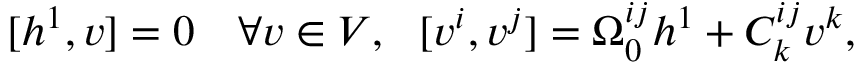
[ h ^ { 1 } , v ] = 0 \ \ \ \forall v \in V , \ \ [ v ^ { i } , v ^ { j } ] = \Omega _ { 0 } ^ { i j } h ^ { 1 } + C _ { k } ^ { i j } v ^ { k } ,